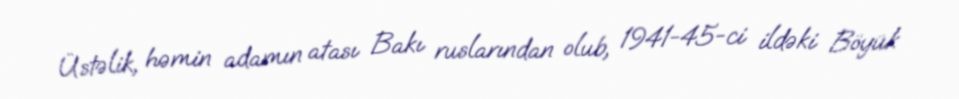
Üstəlik, həmin adamın atası Bakı ruslarından olub, 1941-45-ci ildəki Böyük